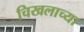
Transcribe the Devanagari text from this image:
चिखलाच्या